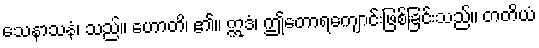
သေနာသနံ၊ သည်။ ဟောတိ၊ ၏။ ဣဒံ၊ ဤတောရကျောင်းဖြစ်ခြင်းသည်။ တတိယံ